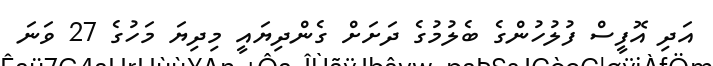
އަދި އޮފީސް ފުލުހުންގެ ބެލުމުގެ ދަށަށް ގެންދިޔައީ މިދިޔަ މަހުގެ 27 ވަނަ